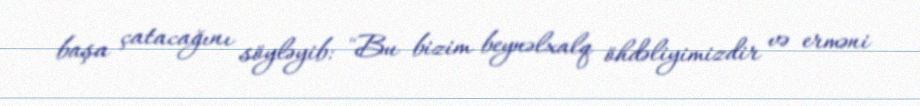
başa çatacağını söyləyib: "Bu bizim beynəlxalq öhdəliyimizdir və erməni